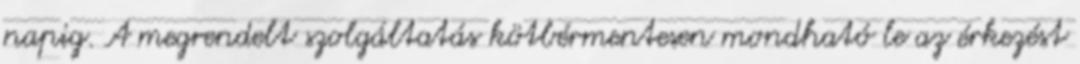
napig. A megrendelt szolgáltatás kötbérmentesen mondható le az érkezést